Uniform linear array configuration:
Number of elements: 12
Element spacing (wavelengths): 0.75
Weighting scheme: binomial
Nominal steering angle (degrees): -30
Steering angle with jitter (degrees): -30.331
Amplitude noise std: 0.05
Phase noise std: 0.05

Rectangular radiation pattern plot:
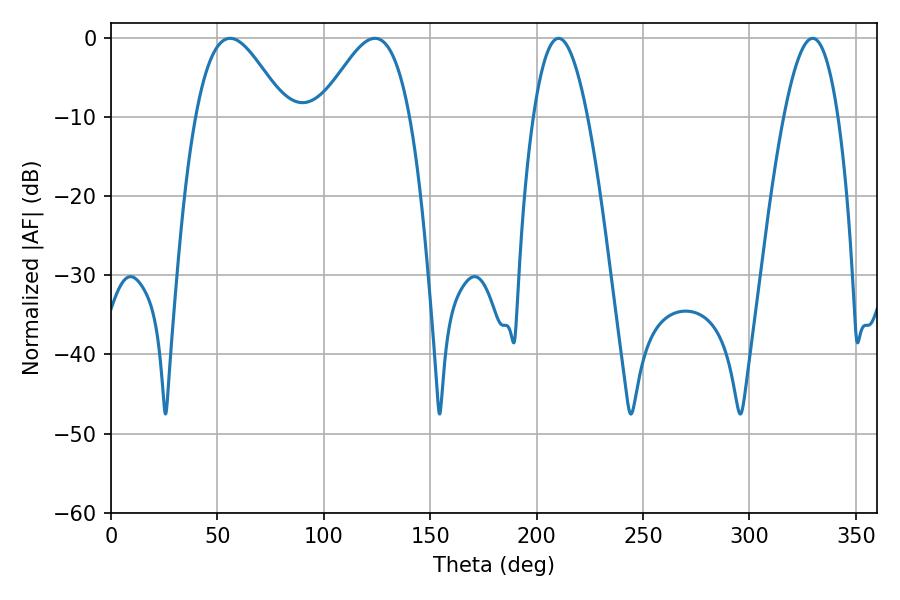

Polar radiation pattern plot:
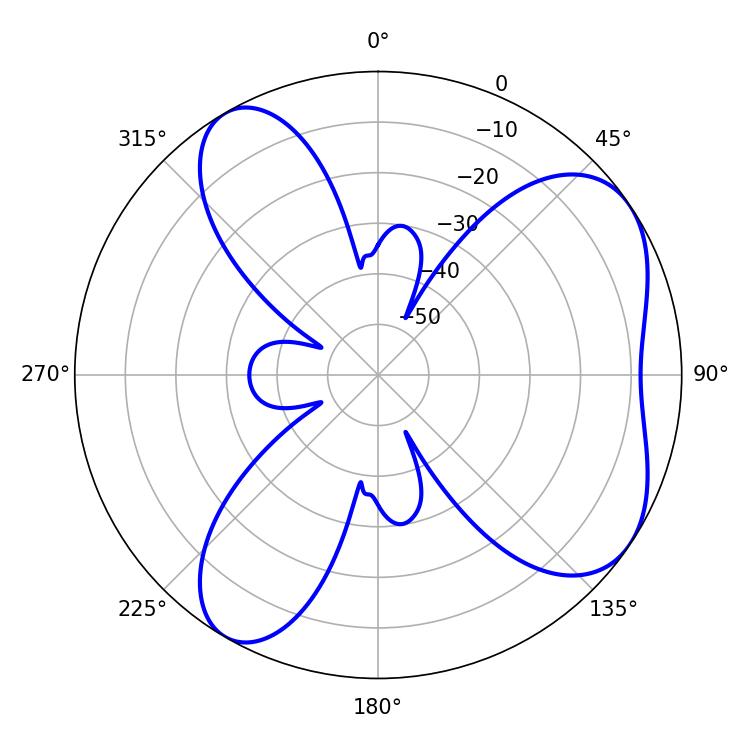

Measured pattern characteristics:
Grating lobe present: TRUE
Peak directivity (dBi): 6.037
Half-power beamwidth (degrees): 22.5
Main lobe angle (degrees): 55.98